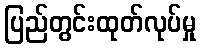
ပြည်တွင်းထုတ်လုပ်မှု